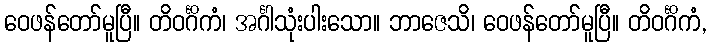
ဝေဖန်တော်မူပြီ။ တိဝင်္ဂိကံ၊ အင်္ဂါသုံးပါးသော။ ဘာဇေသိ၊ ဝေဖန်တော်မူပြီ။ တိဝင်္ဂိကံ,